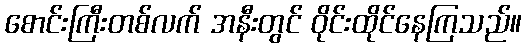
စောင်းကြီးတစ်လက် အနီးတွင် ဝိုင်းထိုင်နေကြသည်။